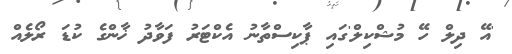
'އޭ ދިލް ހޭ މުޝްކިލް'ގައި ޕާކިސްތާނު އެކްޓަރު ފަވާދު ޚާންގެ ކުޑަ ރޯލެއް